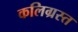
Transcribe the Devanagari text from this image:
कलिग्रस्त